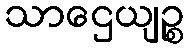
သာဌေယျဉ္စ